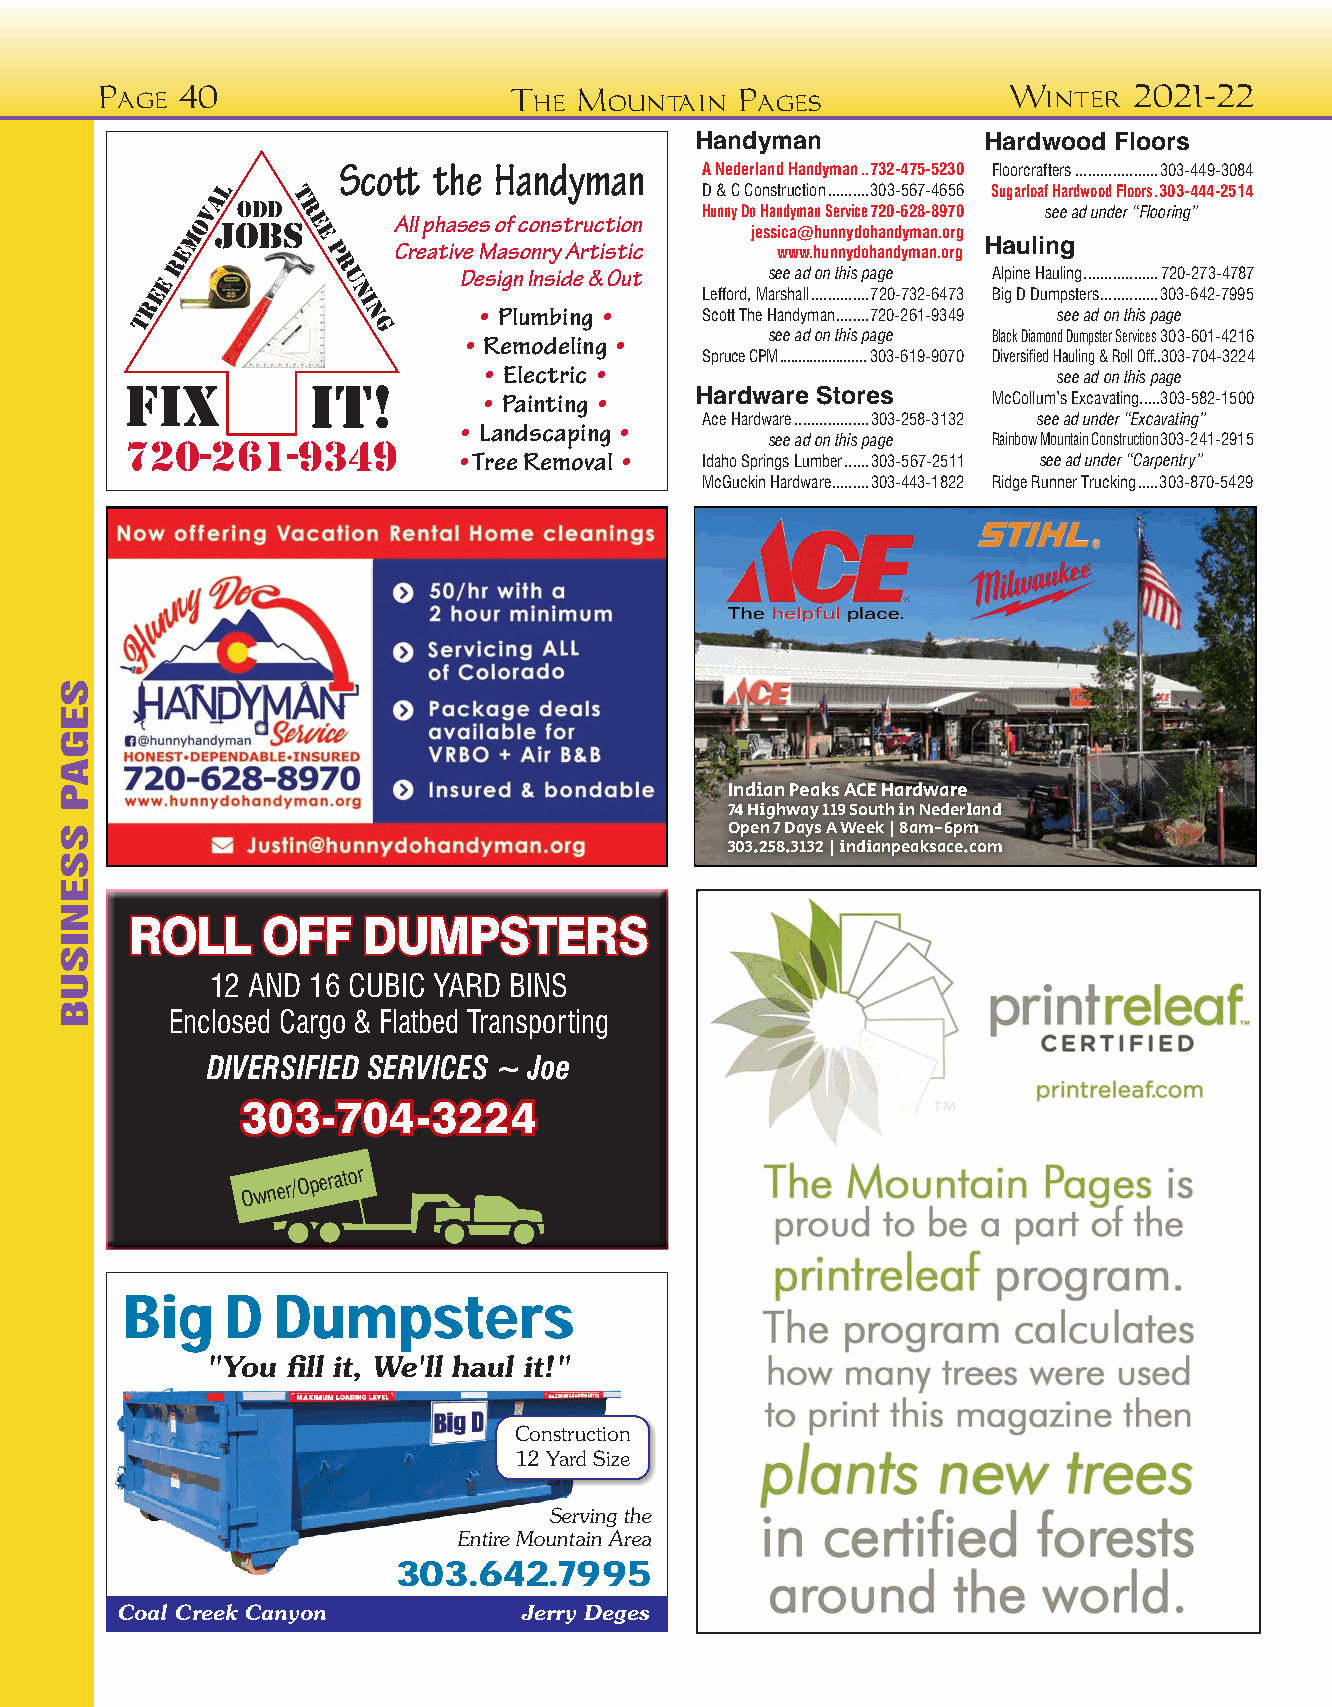
Page  40                    The Mountain   Pages             Winter  2021-22
 Handyman           Hardwood Floors
 Scott  the Handyman     A Nederland Handyman ..732-475-5230 Floorcrafters ....................303-449-3084
 l                               D & C Construction ..........303-567-4656 Sugarloaf Hardwood Floors .303-444-2514
 va oddT
 r                         Hunny Do Handyman Service 720-628-8970 see ad under “Flooring”
 emo jobse
 e
 P
 CA rll
 e
 p ah ta ivs ee Ms o af
 s
 c oo nn rys t Ar ru tc isti to in
 c
 j e s s wic wa@ w.hh uu nn nn yy dd oo hh aa nn dd yy mm aa nn .. oo rr gg
 Hauling
 e r        r u     Design Inside & Out  see ad on this page Alpine Hauling ..................720-273-4787
 e            n                      Lefford, Marshall ..............720-732-6473 Big D Dumpsters ..............303-642-7995
 r            i
 T              n       • Plumbing •  Scott The Handyman ........720-261-9349 see ad on this page
 g                          see ad on this page Black Diamond Dumpster Services 303-601-4216
 • Remodeling •
 Spruce CPM .......................303-619-9070 Diversified Hauling & Roll Off.. 303-704-3224
 • Electric •                          see ad on this page
 Fix          iT!        • Painting •  Hardware Stores     McCollum’s Excavating.....303-582-1500
 Ace Hardware ..................303-258-3132 see ad under “Excavating”
 • Landscaping •
 720-261-9349                               see ad on this page Rainbow Mountain Construction 303-241-2915
 • Tree Removal • Idaho Springs Lumber ......303-567-2511 see ad under “Carpentry”
 McGuckin Hardware .........303-443-1822 Ridge Runner Trucking .....303-870-5429
 Indian Peaks ACE Hardware
 74 Highway 119 South in Nederland
 Open 7 Days A Week | 8am-6pm
 303.258.3132 | indianpeaksace.com
 RROOLLLL OOFFFF DDUUMMPPSSTTEERRSS
 12 AND 16 CUBIC YARD BINS
 Enclosed Cargo & Flatbed Transporting
 DIVERSIFIED SERVICES ~ Joe
 330033--770044--33222244
 Owner/Operator
 Big    D  Dumpsters
 "You  fill it, We'll haul it!"
 Construction
 12 Yard Size
 Serving the
 Entire Mountain Area
 303.642.7995
 Coal Creek Canyon         Jerry Deges
 SEGAP
 SSENISUB